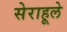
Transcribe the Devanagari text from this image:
सेराहूले